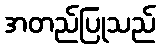
အတည်ပြုသည်